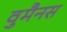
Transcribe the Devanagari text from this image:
वुमैनस